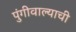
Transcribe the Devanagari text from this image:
पुंगीवाल्याची